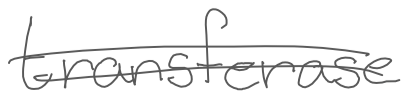
Text: transferase
Cross-out: double-line
Writing tool: digital_gray